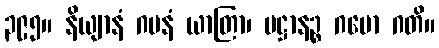
၃၉၅။ နိယျာနံ ဂမနံ ယာတြာ၊ ပဋ္ဌာနဉ္စ ဂမော ဂတိ။